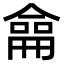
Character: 𠎤